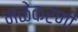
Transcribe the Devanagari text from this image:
मळेकरणी